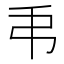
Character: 𢎣